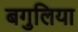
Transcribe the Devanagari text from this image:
बगुलिया